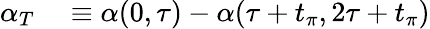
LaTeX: \begin{array}{rl}{\alpha_{T}}&{{}\equiv\alpha(0,\tau)-\alpha(\tau+t_{\pi},2\tau+t_{\pi})}\end{array}